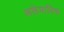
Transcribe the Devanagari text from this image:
अलेमानिक